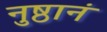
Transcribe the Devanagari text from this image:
नुष्ठानं